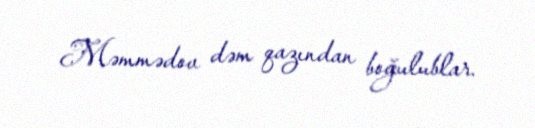
Məmmədov dəm qazından boğulublar.